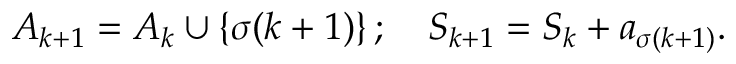
A _ { k + 1 } = A _ { k } \cup \{ \sigma ( k + 1 ) \} \, ; \quad S _ { k + 1 } = S _ { k } + a _ { \sigma ( k + 1 ) } .